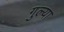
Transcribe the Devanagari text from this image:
गुल्या